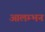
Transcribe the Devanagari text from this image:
आलम्भन